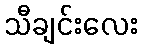
သီချင်းလေး